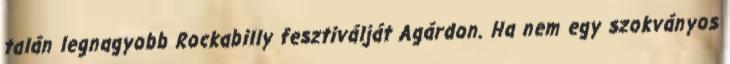
talán legnagyobb Rockabilly fesztiválját Agárdon. Ha nem egy szokványos